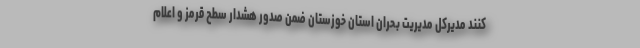
کنند مدیرکل مدیریت بحران استان خوزستان ضمن صدور هشدار سطح قرمز و اعلام